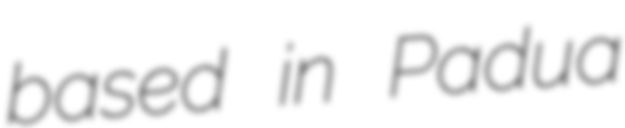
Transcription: based in Padua